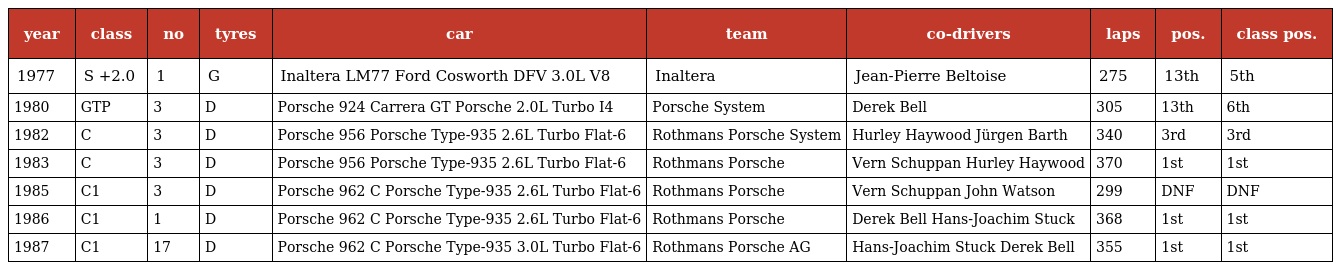
| year | class | no | tyres | car | team | co-drivers | laps | pos. | class pos. |
 | --- | --- | --- | --- | --- | --- | --- | --- | --- | --- |
 | 1977 | S +2.0 | 1 | G | Inaltera LM77 Ford Cosworth DFV 3.0L V8 | Inaltera | Jean-Pierre Beltoise | 275 | 13th | 5th |
 | 1980 | GTP | 3 | D | Porsche 924 Carrera GT Porsche 2.0L Turbo I4 | Porsche System | Derek Bell | 305 | 13th | 6th |
 | 1982 | C | 3 | D | Porsche 956 Porsche Type-935 2.6L Turbo Flat-6 | Rothmans Porsche System | Hurley Haywood Jürgen Barth | 340 | 3rd | 3rd |
 | 1983 | C | 3 | D | Porsche 956 Porsche Type-935 2.6L Turbo Flat-6 | Rothmans Porsche | Vern Schuppan Hurley Haywood | 370 | 1st | 1st |
 | 1985 | C1 | 3 | D | Porsche 962 C Porsche Type-935 2.6L Turbo Flat-6 | Rothmans Porsche | Vern Schuppan John Watson | 299 | DNF | DNF |
 | 1986 | C1 | 1 | D | Porsche 962 C Porsche Type-935 2.6L Turbo Flat-6 | Rothmans Porsche | Derek Bell Hans-Joachim Stuck | 368 | 1st | 1st |
 | 1987 | C1 | 17 | D | Porsche 962 C Porsche Type-935 3.0L Turbo Flat-6 | Rothmans Porsche AG | Hans-Joachim Stuck Derek Bell | 355 | 1st | 1st |